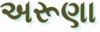
અરૂણા